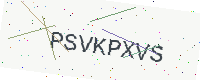
Text: PSVKPXVS